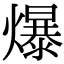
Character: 爆